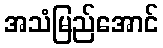
အသံမြည်အောင်